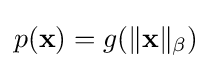
p(\mathbf {x} )=g(\|\mathbf {x} \|_{\beta })